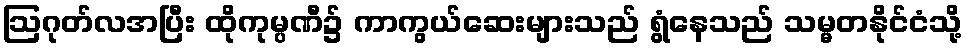
ဩဂုတ်လအပြီး ထိုကုမ္ပဏီ၌ ကာကွယ်ဆေးများသည် ရွံနေသည် သမ္မတနိုင်ငံသို့